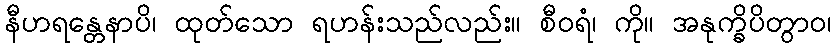
နီဟရန္တေနာပိ၊ ထုတ်သော ရဟန်းသည်လည်း။ စီဝရံ၊ ကို။ အနုက္ခိပိတွာဝ၊